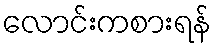
လောင်းကစားရန်